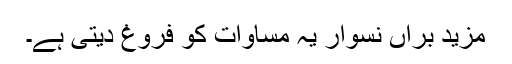
مزید براں نسوار یہ مساوات کو فروغ دیتی ہے۔